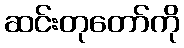
ဆင်းတုတော်ကို